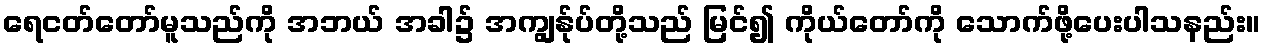
ရေငတ်တော်မူသည်ကို အဘယ် အခါ၌ အကျွန်ုပ်တို့သည် မြင်၍ ကိုယ်တော်ကို သောက်ဖို့ပေးပါသနည်း။